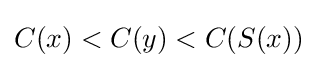
C(x)<C(y)<C(S(x))